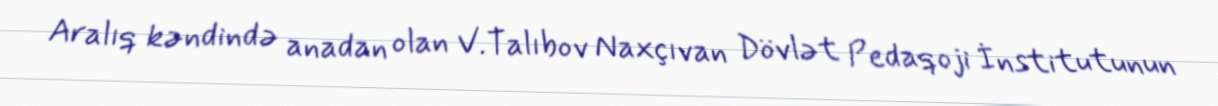
Aralıq kəndində anadan olan V.Talıbov Naxçıvan Dövlət Pedaqoji İnstitutunun